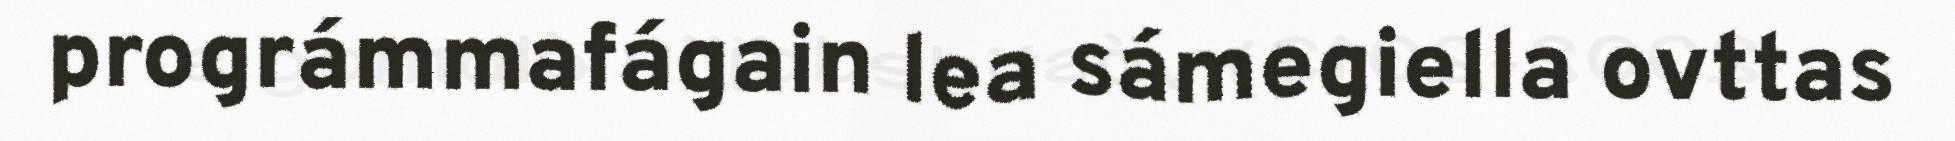
prográmmafágain lea sámegiella ovttas